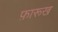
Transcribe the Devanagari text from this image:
फ़ारूख